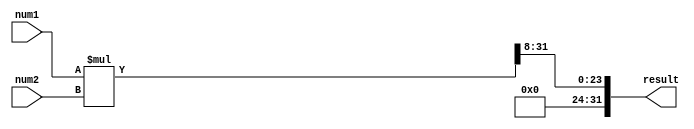
module fixed_point_multiplier (
  input  [15:0] num1, // Fixed-point number 1
  input  [15:0] num2, // Fixed-point number 2
  output reg [31:0] result // Fixed-point result
);

// Registers to store the input numbers
reg [15:0] input1_reg;
reg [15:0] input2_reg;

// Multiplier to perform the multiplication operation
reg [31:0] product;

// Fixed-point result register to store the output
always @(*) begin
  input1_reg = num1;
  input2_reg = num2;
  product = input1_reg * input2_reg;
  result = product >> 8; // Assuming 8 fractional bits
end

endmodule